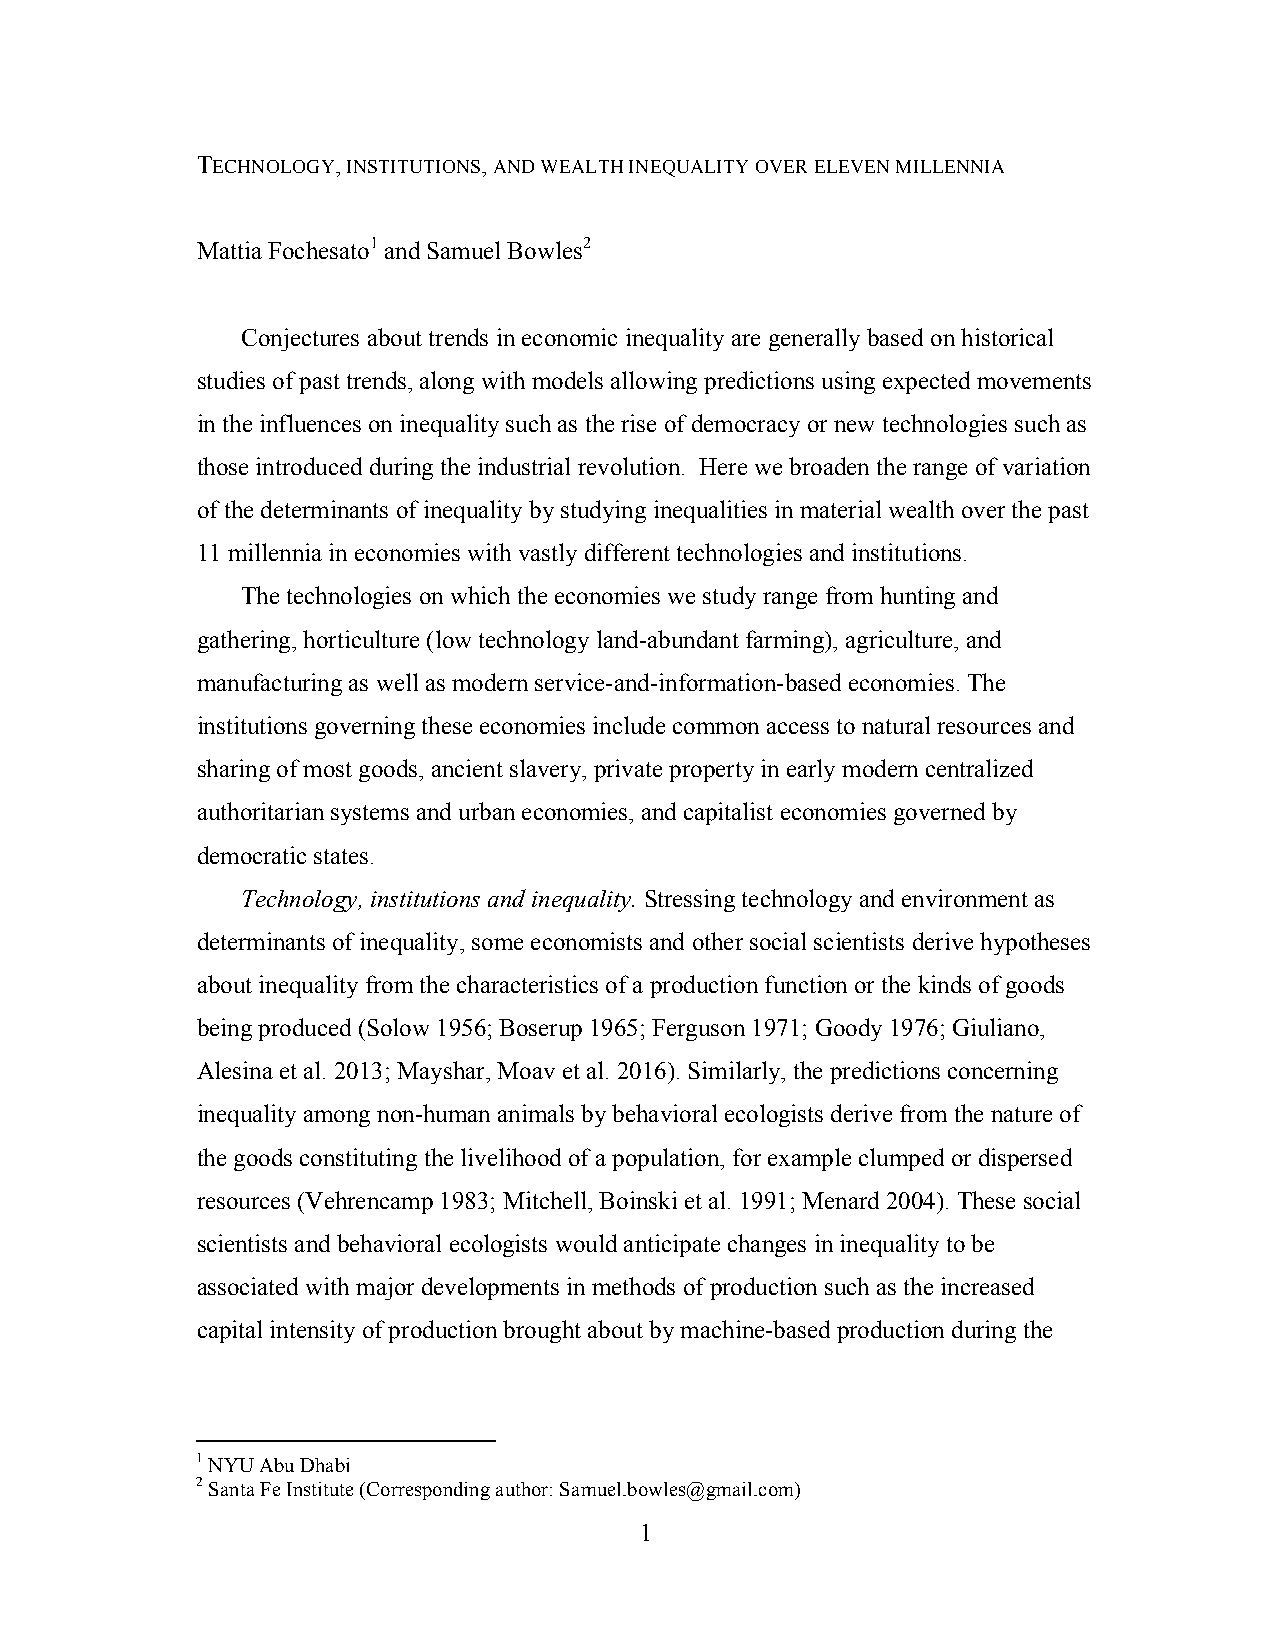
TECHNOLOGY, INSTITUTIONS, AND WEALTH INEQUALITY OVER ELEVEN MILLENNIA
 Mattia Fochesato1 and Samuel Bowles2
 Conjectures about trends in economic inequality are generally based on historical
 studies of past trends, along with models allowing predictions using expected movements
 in the influences on inequality such as the rise of democracy or new technologies such as
 those introduced during the industrial revolution. Here we broaden the range of variation
 of the determinants of inequality by studying inequalities in material wealth over the past
 11 millennia in economies with vastly different technologies and institutions.
 The technologies on which the economies we study range from hunting and
 gathering, horticulture (low technology land-abundant farming), agriculture, and
 manufacturing as well as modern service-and-information-based economies. The
 institutions governing these economies include common access to natural resources and
 sharing of most goods, ancient slavery, private property in early modern centralized
 authoritarian systems and urban economies, and capitalist economies governed by
 democratic states.
 Technology, institutions and inequality. Stressing technology and environment as
 determinants of inequality, some economists and other social scientists derive hypotheses
 about inequality from the characteristics of a production function or the kinds of goods
 being produced (Solow 1956; Boserup 1965; Ferguson 1971; Goody 1976; Giuliano,
 Alesina et al. 2013; Mayshar, Moav et al. 2016). Similarly, the predictions concerning
 inequality among non-human animals by behavioral ecologists derive from the nature of
 the goods constituting the livelihood of a population, for example clumped or dispersed
 resources (Vehrencamp 1983; Mitchell, Boinski et al. 1991; Menard 2004). These social
 scientists and behavioral ecologists would anticipate changes in inequality to be
 associated with major developments in methods of production such as the increased
 capital intensity of production brought about by machine-based production during the
 1 NYU Abu Dhabi
 2 Santa Fe Institute (Corresponding author: Samuel.bowles@gmail.com)
 1